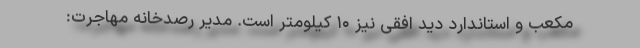
مکعب و استاندارد دید افقی نیز ۱۰ کیلومتر است. مدير رصدخانه مهاجرت: